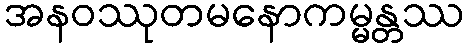
အနဝဿုတမနောကမ္မန္တဿ